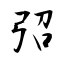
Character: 弨